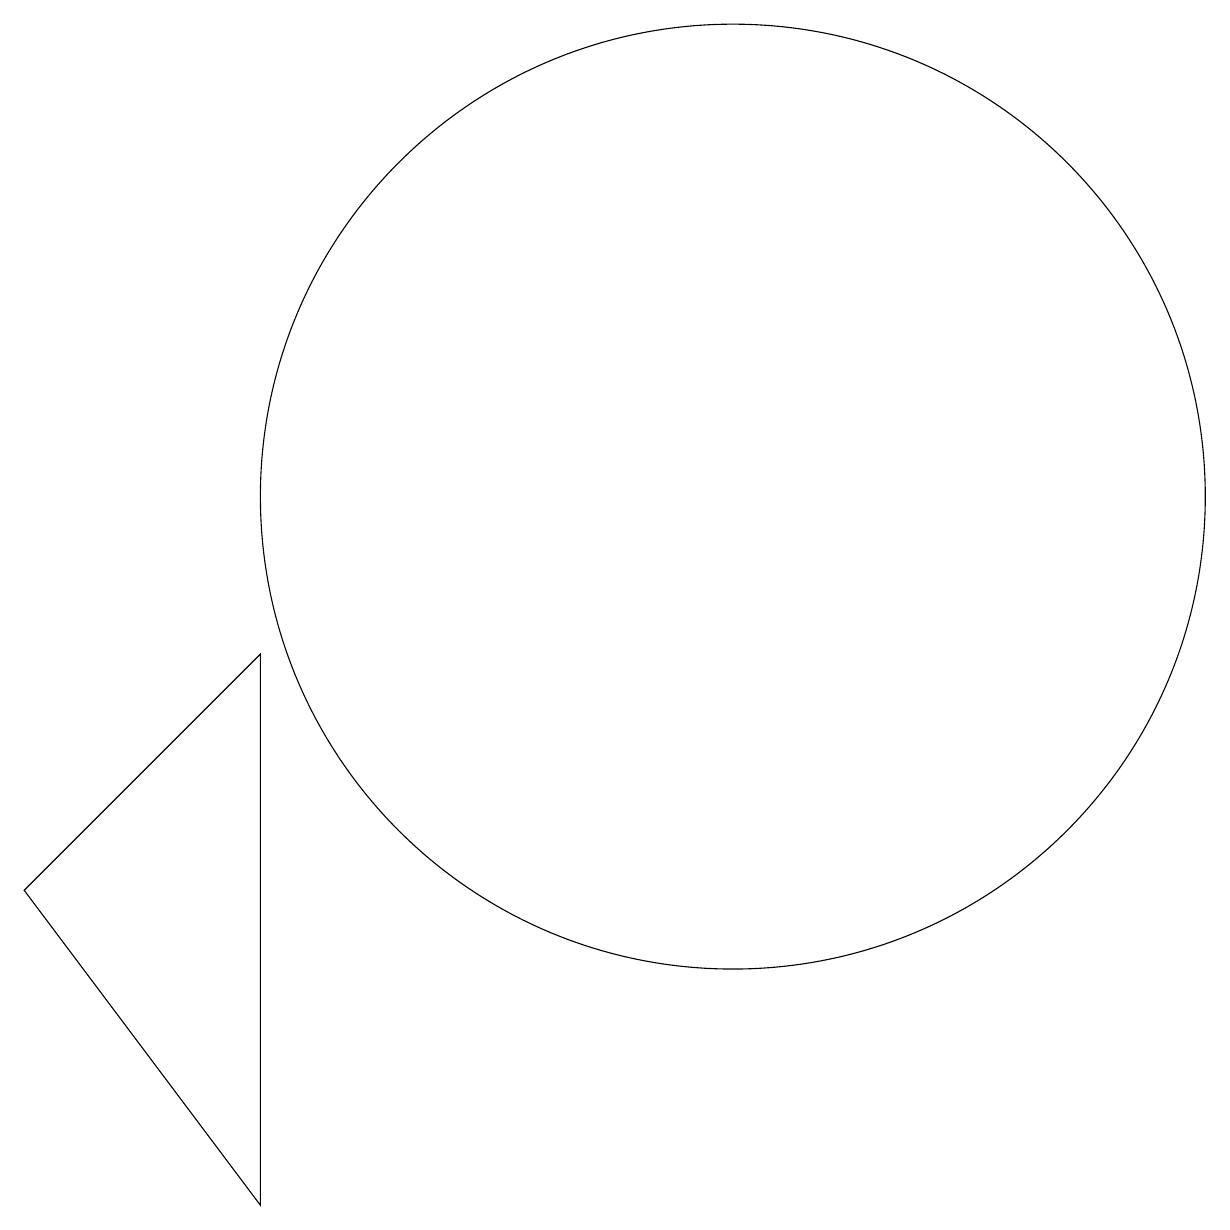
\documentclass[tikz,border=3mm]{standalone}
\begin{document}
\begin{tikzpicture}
\draw (5,1) -- (2,5) -- (5,8) -- cycle;
\draw (11,10) circle (6);
\draw (11,11) circle (0);
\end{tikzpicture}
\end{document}